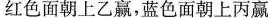
红色面朝上乙赢，蓝色面朝上丙赢